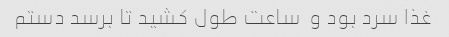
غذا سرد بود و  ساعت طول کشید تا برسد دستم